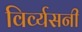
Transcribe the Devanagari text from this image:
विर्व्यसनी